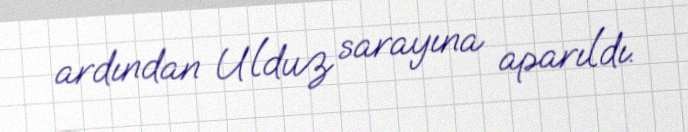
ardından Ulduz sarayına aparıldı.